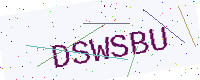
Text: DSWSBU